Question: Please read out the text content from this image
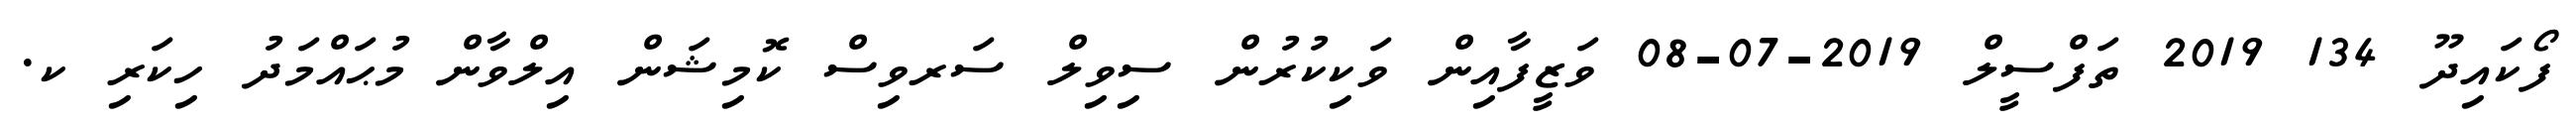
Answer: ފޯކައިދޫ 134 2019 ތަފްސީލް 2019-07-08 ވަޒީފާއިން ވަކިކުރުން ސިވިލް ސަރވިސް ކޮމިޝަން އިލްވާން މުޙައްމަދު ހިކަރި ކ.